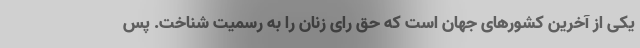
یکی از آخرین کشورهای جهان است که حق رای زنان را به رسمیت شناخت. پس